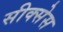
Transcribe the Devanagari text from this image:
सीक्सेस